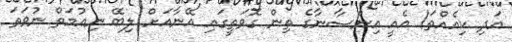
އަދި ކިއެއްތަ! އެއީ އިންސާނާގެ ތިން ގޮވަތީގައި އޭނާއަށް ލިބޭ ނިޢުމަތް ނުވަތަ